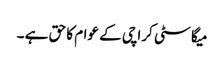
میگا سٹی کراچی کے عوام کا حق ہے ۔